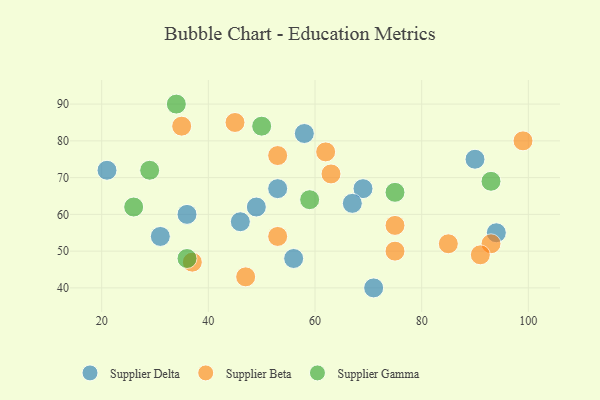
{"axis": {"x": "GDP", "y": "Life Expectancy"}, "legend": ["Supplier Beta", "Supplier Delta", "Supplier Gamma"], "data": [{"x": "46", "y": 58, "type": "Supplier Delta"}, {"x": "56", "y": 48, "type": "Supplier Delta"}, {"x": "90", "y": 75, "type": "Supplier Delta"}, {"x": "94", "y": 55, "type": "Supplier Delta"}, {"x": "49", "y": 62, "type": "Supplier Delta"}, {"x": "53", "y": 67, "type": "Supplier Delta"}, {"x": "21", "y": 72, "type": "Supplier Delta"}, {"x": "69", "y": 67, "type": "Supplier Delta"}, {"x": "31", "y": 54, "type": "Supplier Delta"}, {"x": "36", "y": 60, "type": "Supplier Delta"}, {"x": "58", "y": 82, "type": "Supplier Delta"}, {"x": "71", "y": 40, "type": "Supplier Delta"}, {"x": "67", "y": 63, "type": "Supplier Delta"}, {"x": "75", "y": 57, "type": "Supplier Beta"}, {"x": "47", "y": 43, "type": "Supplier Beta"}, {"x": "53", "y": 76, "type": "Supplier Beta"}, {"x": "93", "y": 52, "type": "Supplier Beta"}, {"x": "85", "y": 52, "type": "Supplier Beta"}, {"x": "35", "y": 84, "type": "Supplier Beta"}, {"x": "75", "y": 50, "type": "Supplier Beta"}, {"x": "91", "y": 49, "type": "Supplier Beta"}, {"x": "63", "y": 71, "type": "Supplier Beta"}, {"x": "37", "y": 47, "type": "Supplier Beta"}, {"x": "45", "y": 85, "type": "Supplier Beta"}, {"x": "99", "y": 80, "type": "Supplier Beta"}, {"x": "62", "y": 77, "type": "Supplier Beta"}, {"x": "53", "y": 54, "type": "Supplier Beta"}, {"x": "29", "y": 72, "type": "Supplier Gamma"}, {"x": "26", "y": 62, "type": "Supplier Gamma"}, {"x": "59", "y": 64, "type": "Supplier Gamma"}, {"x": "36", "y": 48, "type": "Supplier Gamma"}, {"x": "75", "y": 66, "type": "Supplier Gamma"}, {"x": "50", "y": 84, "type": "Supplier Gamma"}, {"x": "93", "y": 69, "type": "Supplier Gamma"}, {"x": "34", "y": 90, "type": "Supplier Gamma"}]}